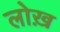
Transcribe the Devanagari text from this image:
लोख़